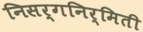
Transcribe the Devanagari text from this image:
निसर्गनिर्मिती